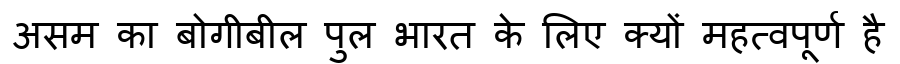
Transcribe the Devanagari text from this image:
असम का बोगीबील पुल भारत के लिए क्यों महत्वपूर्ण है